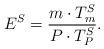
LaTeX: \begin{align*} E^S = \frac{m\cdot T^S_m}{P\cdot T^S_P}.\end{align*}